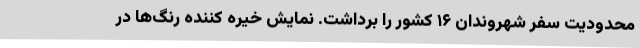
محدودیت سفر شهروندان ۱۶ کشور را برداشت. نمایش خیره کننده رنگ‌ها در